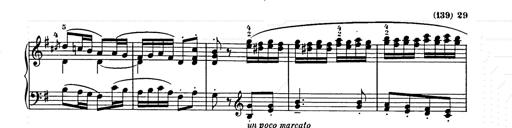
Title: Weihnachtsbaum
Composer: Franz Liszt